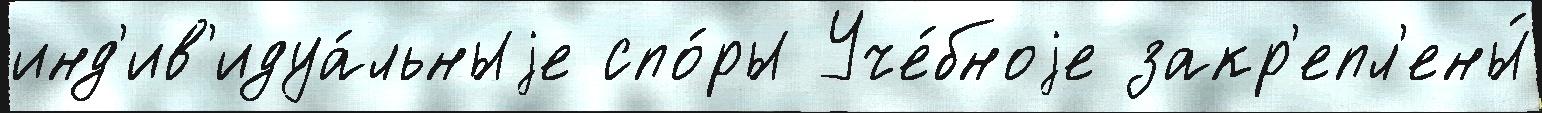
инд'ив'идуа́льныjе спо́ры Уче́бноjе закр'епл'ены́